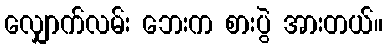
လျှောက်လမ်း ဘေးက စားပွဲ အားတယ်။